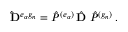
{ \bf \hat { D } } ^ { e _ { \alpha } g _ { n } } = { \hat { P } } ^ { ( e _ { \alpha } ) } \, { \hat { \bf D } } \; { \hat { P } } ^ { ( g _ { n } ) } \, .